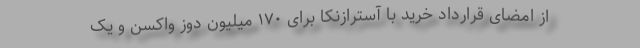
از امضای قرارداد خرید با آسترازنکا برای ۱۷۰ میلیون دوز واکسن و یک